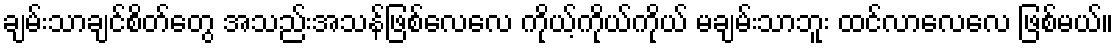
ချမ်းသာချင်စိတ်တွေ အသည်းအသန်ဖြစ်လေလေ ကိုယ့်ကိုယ်ကိုယ် မချမ်းသာဘူး ထင်လာလေလေ ဖြစ်မယ်။